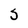
Character: 5